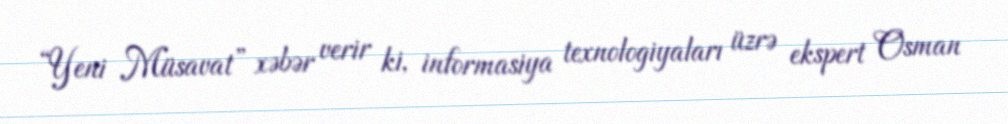
“Yeni Müsavat” xəbər verir ki, informasiya texnologiyaları üzrə ekspert Osman